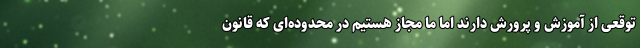
توقعی از آموزش و پرورش دارند اما ما مجاز هستیم در محدوده‌ای که قانون